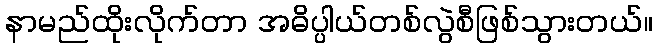
နာမည်ထိုးလိုက်တာ အဓိပ္ပါယ်တစ်လွဲစီဖြစ်သွားတယ်။